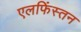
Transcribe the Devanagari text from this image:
एलफिंस्तन